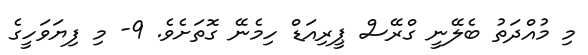
މި މުއްދަތު ބެލޭނީ ގްރޭސް ޕީރިއަޑް ހިމެނޭ ގޮތަށެވެ. 9- މި ފިޔަވަހީގެ